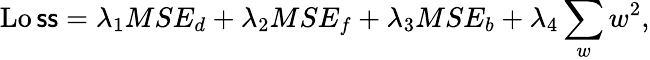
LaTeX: \operatorname{Lo\mathsf{s}\mathsf{s}}=\lambda_{1}MSE_{d}+\lambda_{2}MSE_{f}+\lambda_{3}MSE_{b}+\lambda_{4}\sum_{w}w^{2},